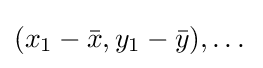
(x_{1}-{\bar {x}},y_{1}-{\bar {y}}),\dots